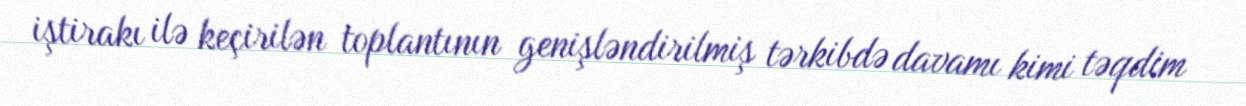
iştirakı ilə keçirilən toplantının genişləndirilmiş tərkibdə davamı kimi təqdim